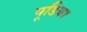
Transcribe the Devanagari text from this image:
पूडिया